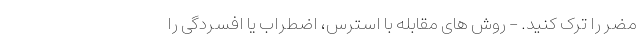
مضر را ترک کنید. - روش های مقابله با استرس، اضطراب یا افسردگی را